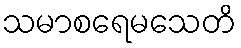
သမာစရေမသေတိ